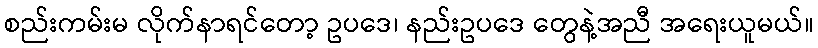
စည်းကမ်းမ လိုက်နာရင်တော့ ဥပဒေ၊ နည်းဥပဒေ တွေနဲ့အညီ အရေးယူမယ်။